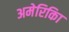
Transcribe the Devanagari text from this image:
अमेरिकिा